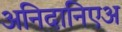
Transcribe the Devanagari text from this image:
अनिदानिएअ